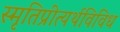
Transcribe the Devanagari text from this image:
स्मृतिप्रीत्यर्थविविध